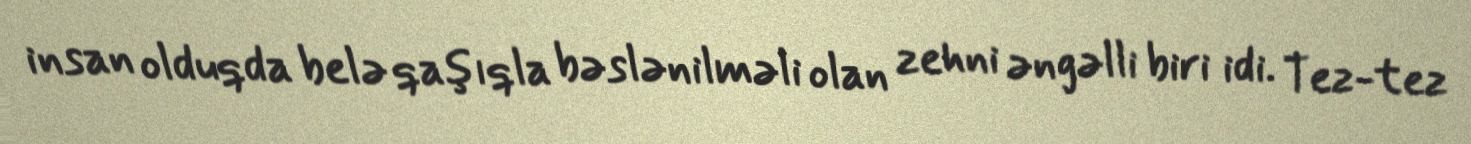
insan olduqda belə qaşıqla bəslənilməli olan zehni əngəlli biri idi. Tez-tez